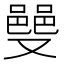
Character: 𫩌